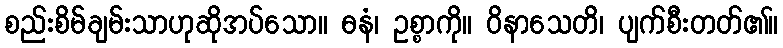
စည်းစိမ်ချမ်းသာဟုဆိုအပ်သော။ ဓနံ၊ ဥစ္စာကို။ ဝိနာသေတိ၊ ပျက်စီးတတ်၏။